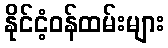
နိုင်ငံ့ဝန်ထမ်းများ